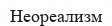
Неореализм